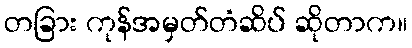
တခြား ကုန်အမှတ်တံဆိပ် ဆိုတာက။